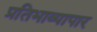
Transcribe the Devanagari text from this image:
प्रतिभाव्यापार